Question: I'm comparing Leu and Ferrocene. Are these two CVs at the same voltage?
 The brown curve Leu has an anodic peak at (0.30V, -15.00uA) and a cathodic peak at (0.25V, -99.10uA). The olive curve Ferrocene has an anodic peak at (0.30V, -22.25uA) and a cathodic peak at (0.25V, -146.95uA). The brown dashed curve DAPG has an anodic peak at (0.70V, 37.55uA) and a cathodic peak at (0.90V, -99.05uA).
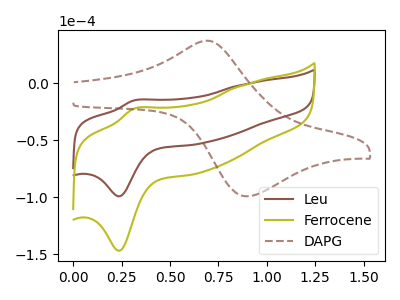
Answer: <think>All the peaks in "Leu" have a peak in "Ferrocene" at the same potential.
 </think>
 <answer>"Leu" and "Ferrocene" are similar in shape.</answer>
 <eval>same_shape</eval>